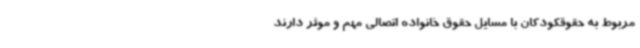
مربوط به حقوقکودکان با مسایل حقوق خانواده اتصالی مهم و موثر دارند